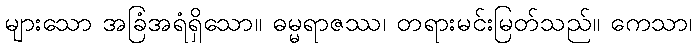
များသော အခြံအရံရှိသော။ ဓမ္မရာဇဿ၊ တရားမင်းမြတ်သည်။ ကေသာ၊